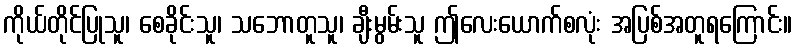
ကိုယ်တိုင်ပြုသူ၊ စေခိုင်းသူ၊ သဘောတူသူ၊ ချီးမွမ်းသူ ဤလေးယောက်စလုံး အပြစ်အတူရကြောင်း။